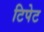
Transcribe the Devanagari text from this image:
टिपेट